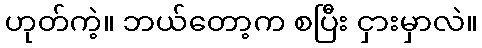
ဟုတ်ကဲ့။ ဘယ်တော့က စပြီး ငှားမှာလဲ။